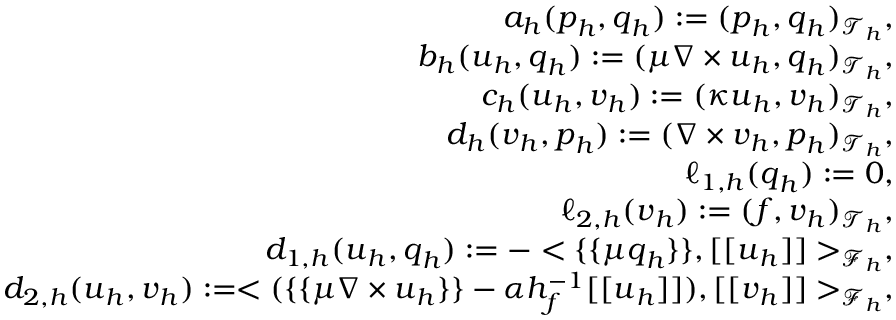
\begin{array} { r l r } & { } & { a _ { h } ( \boldsymbol { p } _ { h } , \boldsymbol { q } _ { h } ) : = ( \boldsymbol { p } _ { h } , \boldsymbol { q } _ { h } ) _ { \mathcal { T } _ { h } } , } \\ & { } & { b _ { h } ( \boldsymbol { u } _ { h } , \boldsymbol { q } _ { h } ) : = ( \mu \nabla \times \boldsymbol { u } _ { h } , \boldsymbol { q } _ { h } ) _ { \mathcal { T } _ { h } } , } \\ & { } & { c _ { h } ( \boldsymbol { u } _ { h } , \boldsymbol { v } _ { h } ) : = ( \kappa \boldsymbol { u } _ { h } , \boldsymbol { v } _ { h } ) _ { \mathcal { T } _ { h } } , } \\ & { } & { d _ { h } ( \boldsymbol { v } _ { h } , \boldsymbol { p } _ { h } ) : = ( \nabla \times \boldsymbol { v } _ { h } , \boldsymbol { p } _ { h } ) _ { \mathcal { T } _ { h } } , } \\ & { } & { \ell _ { 1 , h } ( \boldsymbol { q } _ { h } ) : = 0 , } \\ & { } & { \ell _ { 2 , h } ( \boldsymbol { v } _ { h } ) : = ( \boldsymbol { f } , \boldsymbol { v } _ { h } ) _ { \mathcal { T } _ { h } } , } \\ & { } & { d _ { 1 , h } ( \boldsymbol { u } _ { h } , \boldsymbol { q } _ { h } ) : = - < \{ \{ \mu \boldsymbol { q } _ { h } \} \} , [ [ \boldsymbol { u } _ { h } ] ] > _ { \mathcal { F } _ { h } } , } \\ & { } & { d _ { 2 , h } ( \boldsymbol { u } _ { h } , \boldsymbol { v } _ { h } ) : = < ( \{ \{ \mu \nabla \times \boldsymbol { u } _ { h } \} \} - \alpha h _ { f } ^ { - 1 } [ [ \boldsymbol { u } _ { h } ] ] ) , [ [ \boldsymbol { v } _ { h } ] ] > _ { \mathcal { F } _ { h } } , } \end{array}